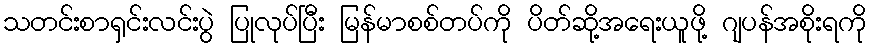
သတင်းစာရှင်းလင်းပွဲ ပြုလုပ်ပြီး မြန်မာစစ်တပ်ကို ပိတ်ဆို့အရေးယူဖို့ ဂျပန်အစိုးရကို